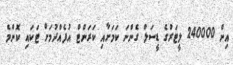
އިން 240000 ލީޓަރުގެ ޑީސަލް ގެންނަ ކަމަށާއި ކަރަންޓް އުފެއްދުމަށް ޓަކައި ކޮންމެ